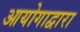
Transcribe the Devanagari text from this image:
आयोगाद्वारा